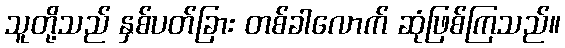
သူတို့သည် နှစ်ပတ်ခြား တစ်ခါလောက် ဆုံဖြစ်ကြသည်။